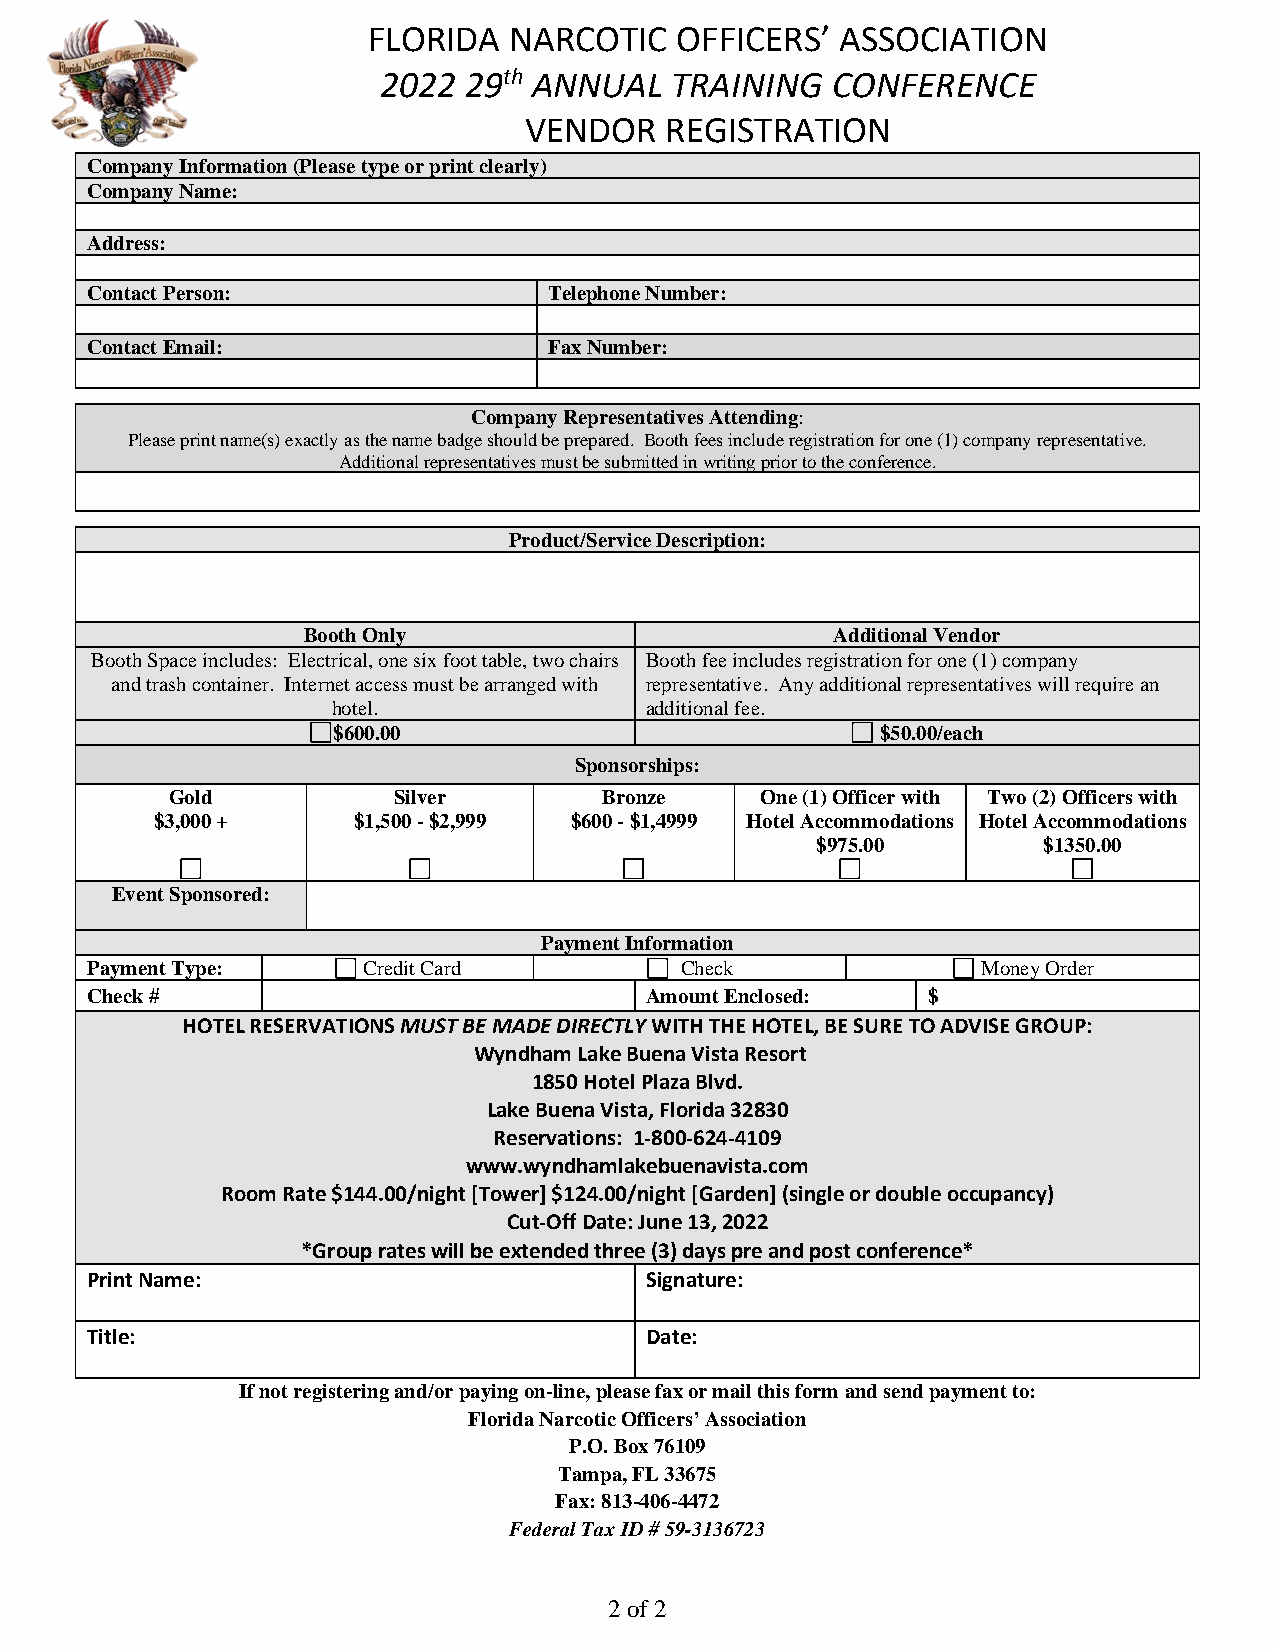
FLORIDA   NARCOTIC   OFFICERS’  ASSOCIATION
 2022  29th ANNUAL  TRAINING   CONFERENCE
 VENDOR   REGISTRATION
 Company Information (Please type or print clearly)
 Company Name:
 Address:
 Contact Person:               Telephone Number:
 Contact Email:                Fax Number:
 Company Representatives Attending:
 Please print name(s) exactly as the name badge should be prepared. Booth fees include registration for one (1) company representative.
 Additional representatives must be submitted in writing prior to the conference.
 Product/Service Description:
 Booth Only                         Additional Vendor
 Booth Space includes: Electrical, one six foot table, two chairs Booth fee includes registration for one (1) company
 and trash container. Internet access must be arranged with representative. Any additional representatives will require an
 hotel.               additional fee.
 $600.00                             $50.00/each
 Sponsorships:
 Gold           Silver        Bronze    One (1) Officer with Two (2) Officers with
 $3,000 +     $1,500 - $2,999 $600 - $1,4999 Hotel Accommodations Hotel Accommodations
 $975.00        $1350.00
 Event Sponsored:
 Payment Information
 Payment Type:     Credit Card          Check               Money Order
 Check #                              Amount Enclosed:  $
 HOTEL RESERVATIONS MUST BE MADE DIRECTLY WITH THE HOTEL, BE SURE TO ADVISE GROUP:
 Wyndham Lake Buena Vista Resort
 1850 Hotel Plaza Blvd.
 Lake Buena Vista, Florida 32830
 Reservations: 1-800-624-4109
 www.wyndhamlakebuenavista.com
 Room Rate $144.00/night [Tower] $124.00/night [Garden] (single or double occupancy)
 Cut-Off Date: June 13, 2022
 *Group rates will be extended three (3) days pre and post conference*
 Print Name:                          Signature:
 Title:                               Date:
 If not registering and/or paying on-line, please fax or mail this form and send payment to:
 Florida Narcotic Officers’ Association
 P.O. Box 76109
 Tampa, FL 33675
 Fax: 813-406-4472
 Federal Tax ID # 59-3136723
 2 of 2